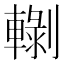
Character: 𰹡